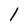
Character: 1